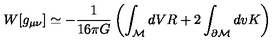
W [ g _ { \mu \nu } ] \simeq - { \frac { 1 } { 1 6 \pi G } } \left( \int _ { \cal M } d V R + 2 \int _ { \partial { \cal M } } d v K \right)